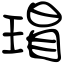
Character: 瑁